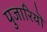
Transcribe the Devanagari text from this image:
पुजारियॊ